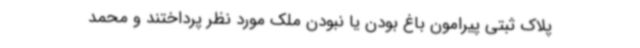
پلاک ثبتی پیرامون باغ بودن یا نبودن ملک مورد نظر پرداختند و محمد